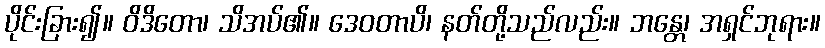
ပိုင်းခြား၍။ ဝိဒိတော၊ သိအပ်၏။ ဒေဝတာပိ၊ နတ်တို့သည်လည်း။ ဘန္တေ၊ အရှင်ဘုရား။